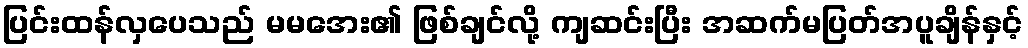
ပြင်းထန်လှပေသည် မမအေး၏ ဖြစ်ချင်လို့ ကျဆင်းပြီး အဆက်မပြတ်အပူချိန်နှင့်